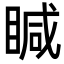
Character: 䁍